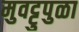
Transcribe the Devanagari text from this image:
मुवट्टुपुळा